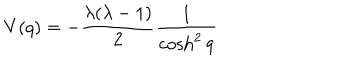
V ( q ) = - \frac { \lambda ( \lambda - 1 ) } { 2 } \frac { 1 } { \cosh ^ { 2 } q }